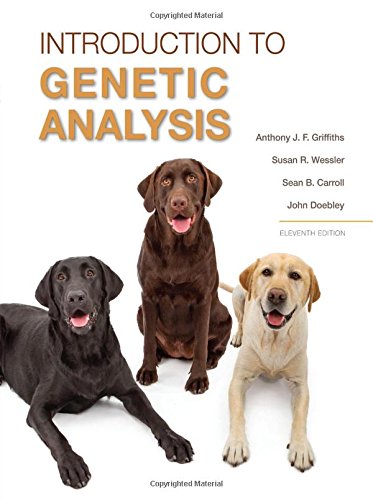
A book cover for An Introduction to Genetic Analysis; Anthony J.F. Griffiths; Science & Math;